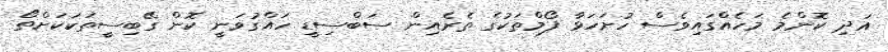
އަދި ކޮންމެ މަހެއްގައިވެސް ހުށަހަޅާ ފޯމްތަކުގެ ތެރެއިން ސަބްސިޑީ ހައްގުވަނީ ކޮން ގޭބިސީތަކަކަށްތޯ